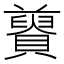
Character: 𧸋